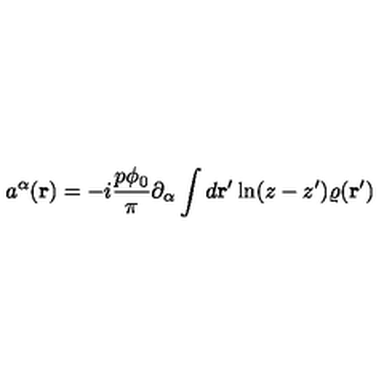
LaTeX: a ^ { \alpha } ( { \bf r } ) = - i \frac { p \phi _ { 0 } } { \pi } \partial _ { \alpha } \int d { \bf r ^ { \prime } } \ln ( z - z ^ { \prime } ) \varrho ( { \bf r ^ { \prime } } )